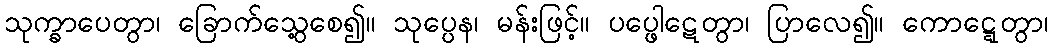
သုက္ခာပေတွာ၊ ခြောက်သွေ့စေ၍။ သုပ္ပေန၊ မန်းဖြင့်။ ပပ္ဖေါဋေတွာ၊ ပြာလေ၍။ ကောဋ္ဋေတွာ၊